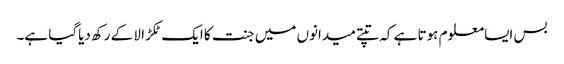
بس ایسامعلوم ہوتا ہے کہ تپتے میدانوں میں جنت کا ایک ٹکڑا لا کے رکھ دیاگیا ہے۔